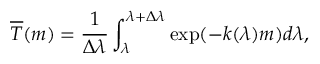
\overline { { T } } ( m ) = \frac { 1 } { \Delta \lambda } \int _ { \lambda } ^ { \lambda + \Delta \lambda } \exp ( - k ( \lambda ) m ) d \lambda ,